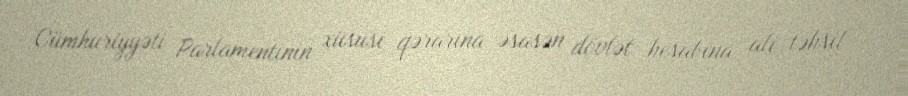
Cümhuriyyəti Parlamentinin xüsusi qərarına əsasən dövlət hesabına ali təhsil